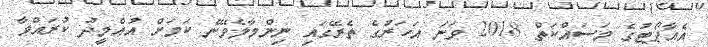
އެއާޕޯޓުގެ މަސައްކަތް 2018 ވަނަ އަހަރުގެ ތެރޭގައި ނިންމާލެވޭނެ ކަމަށް އުއްމީދު ކުރައްވާ